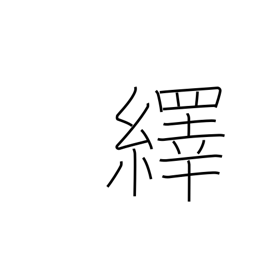
Meaning: pull out